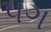
૫ગ